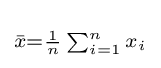
\scriptstyle {\bar {x}}={\frac {1}{n}}\sum _{i=1}^{n}x_{i}